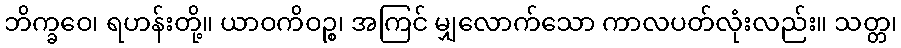
ဘိက္ခဝေ၊ ရဟန်းတို့။ ယာဝကိဝဉ္စ၊ အကြင် မျှလောက်သော ကာလပတ်လုံးလည်း။ သတ္တ၊